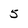
Character: 5